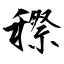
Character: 穄